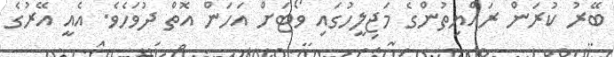
ބޭރު ކުރަން ރައްޔިތުންގެ މަޖިލީހުގައި ވޯޓަށް އަހަން އޮތް ދުވަހެވެ. އެއީ އޭރުގެ